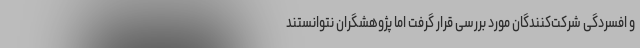
و افسردگی شرکت‌کنندگان مورد بررسی قرار گرفت اما پژوهشگران نتوانستند